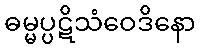
ဓမ္မပ္ပဋိသံဝေဒိနော